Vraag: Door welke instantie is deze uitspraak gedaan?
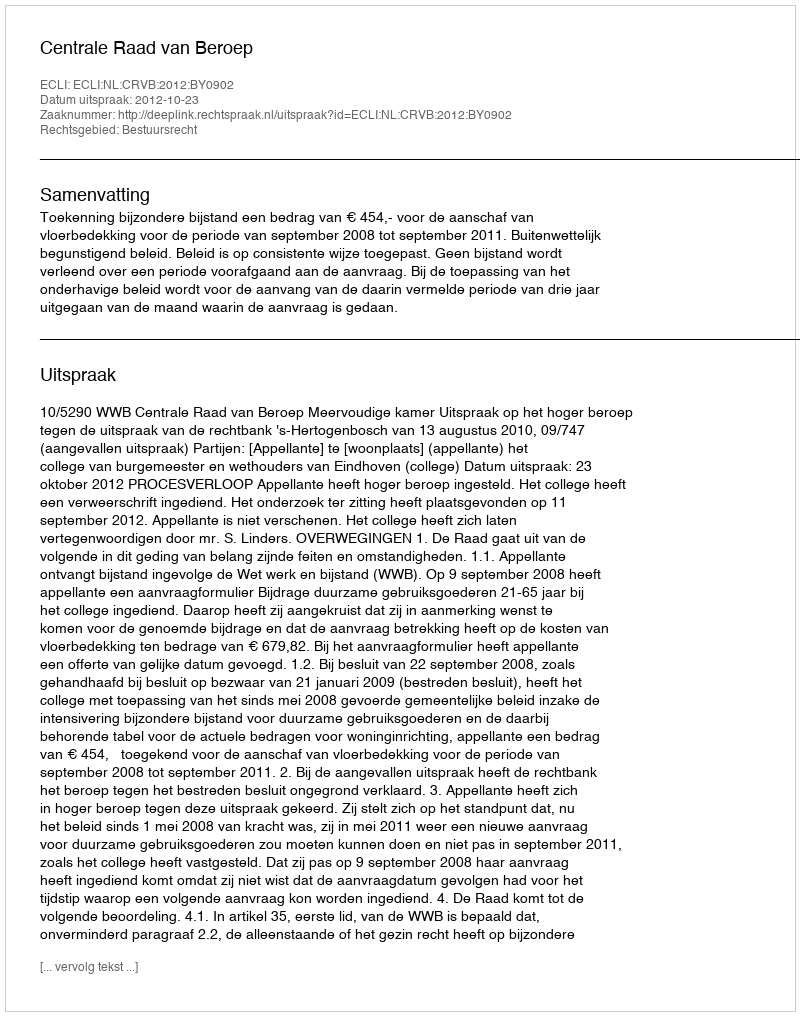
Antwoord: Centrale Raad van Beroep